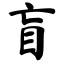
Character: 盲